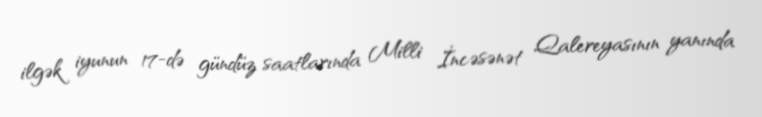
ilgək iyunun 17-də gündüz saatlarında Milli İncəsənət Qalereyasının yanında